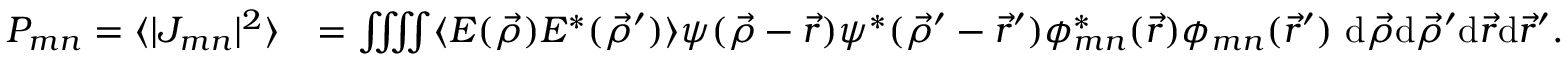
\begin{array} { r l } { P _ { m n } = \langle | J _ { m n } | ^ { 2 } \rangle } & { = \iiiint \langle E ( \vec { \rho } ) E ^ { * } ( \vec { \rho } ^ { \prime } ) \rangle \psi ( \vec { \rho } - \vec { r } ) \psi ^ { * } ( \vec { \rho } ^ { \prime } - \vec { r } ^ { \prime } ) \phi _ { m n } ^ { * } ( \vec { r } ) \phi _ { m n } ( \vec { r } ^ { \prime } ) \ \mathrm { d } \vec { \rho } \mathrm { d } \vec { \rho } ^ { \prime } \mathrm { d } \vec { r } \mathrm { d } \vec { r } ^ { \prime } . } \end{array}